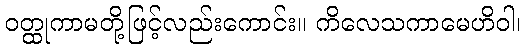
ဝတ္ထုကာမတို့ဖြင့်လည်းကောင်း။ ကိလေသကာမေဟိဝါ၊